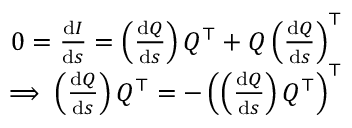
{ \begin{array} { r } { 0 = { \frac { \mathrm { d } I } { \mathrm { d } s } } = \left( { \frac { \mathrm { d } Q } { \mathrm { d } s } } \right) Q ^ { \top } + Q \left( { \frac { \mathrm { d } Q } { \mathrm { d } s } } \right) ^ { \top } } \\ { \implies \left( { \frac { \mathrm { d } Q } { \mathrm { d } s } } \right) Q ^ { \top } = - \left( \left( { \frac { \mathrm { d } Q } { \mathrm { d } s } } \right) Q ^ { \top } \right) ^ { \top } } \end{array} }